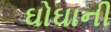
ઘોઘાની